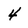
Character: 4